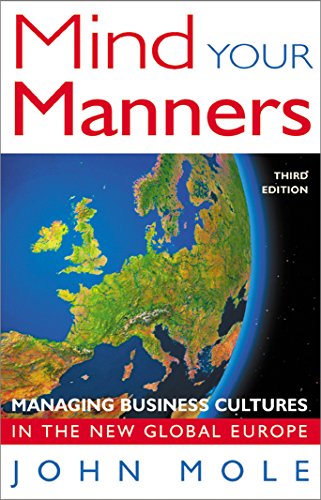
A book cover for Mind Your Manners: Managing Business Culture in the New Global Europe; John Mole; Travel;